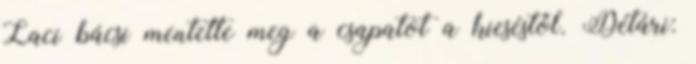
Laci bácsi mentette meg a csapatot a kieséstől. Détári: